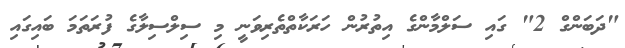
"ދަބަންގް 2" ގައި ސަލްމާންގެ އިތުރުން ހަރަކާތްތެރިވަނީ މި ސިލްސިލާގެ ފުރަތަމަ ބައިގައި